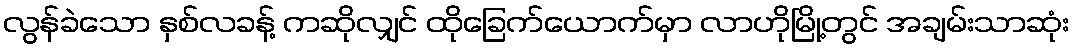
လွန်ခဲသော နှစ်လခန့် ကဆိုလျှင် ထိုခြေက်ယောက်မှာ လာဟိုမြို့တွင် အချမ်းသာဆုံး